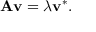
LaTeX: \mathbf { A } \mathbf { v } = \lambda \mathbf { v } ^ { * } .